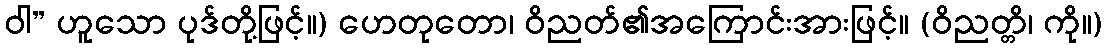
ဝါ” ဟူသော ပုဒ်တို့ဖြင့်။) ဟေတုတော၊ ဝိညတ်၏အကြောင်းအားဖြင့်။ (ဝိညတ္တိ၊ ကို။)